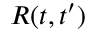
R ( t , t ^ { \prime } )